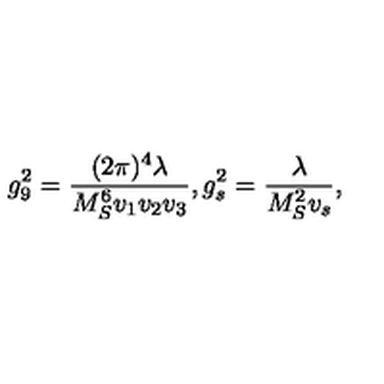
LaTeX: g _ { 9 } ^ { 2 } = { \frac { ( 2 \pi ) ^ { 4 } \lambda } { M _ { S } ^ { 6 } v _ { 1 } v _ { 2 } v _ { 3 } } } , g _ { s } ^ { 2 } = { \frac { \lambda } { M _ { S } ^ { 2 } v _ { s } } } ,